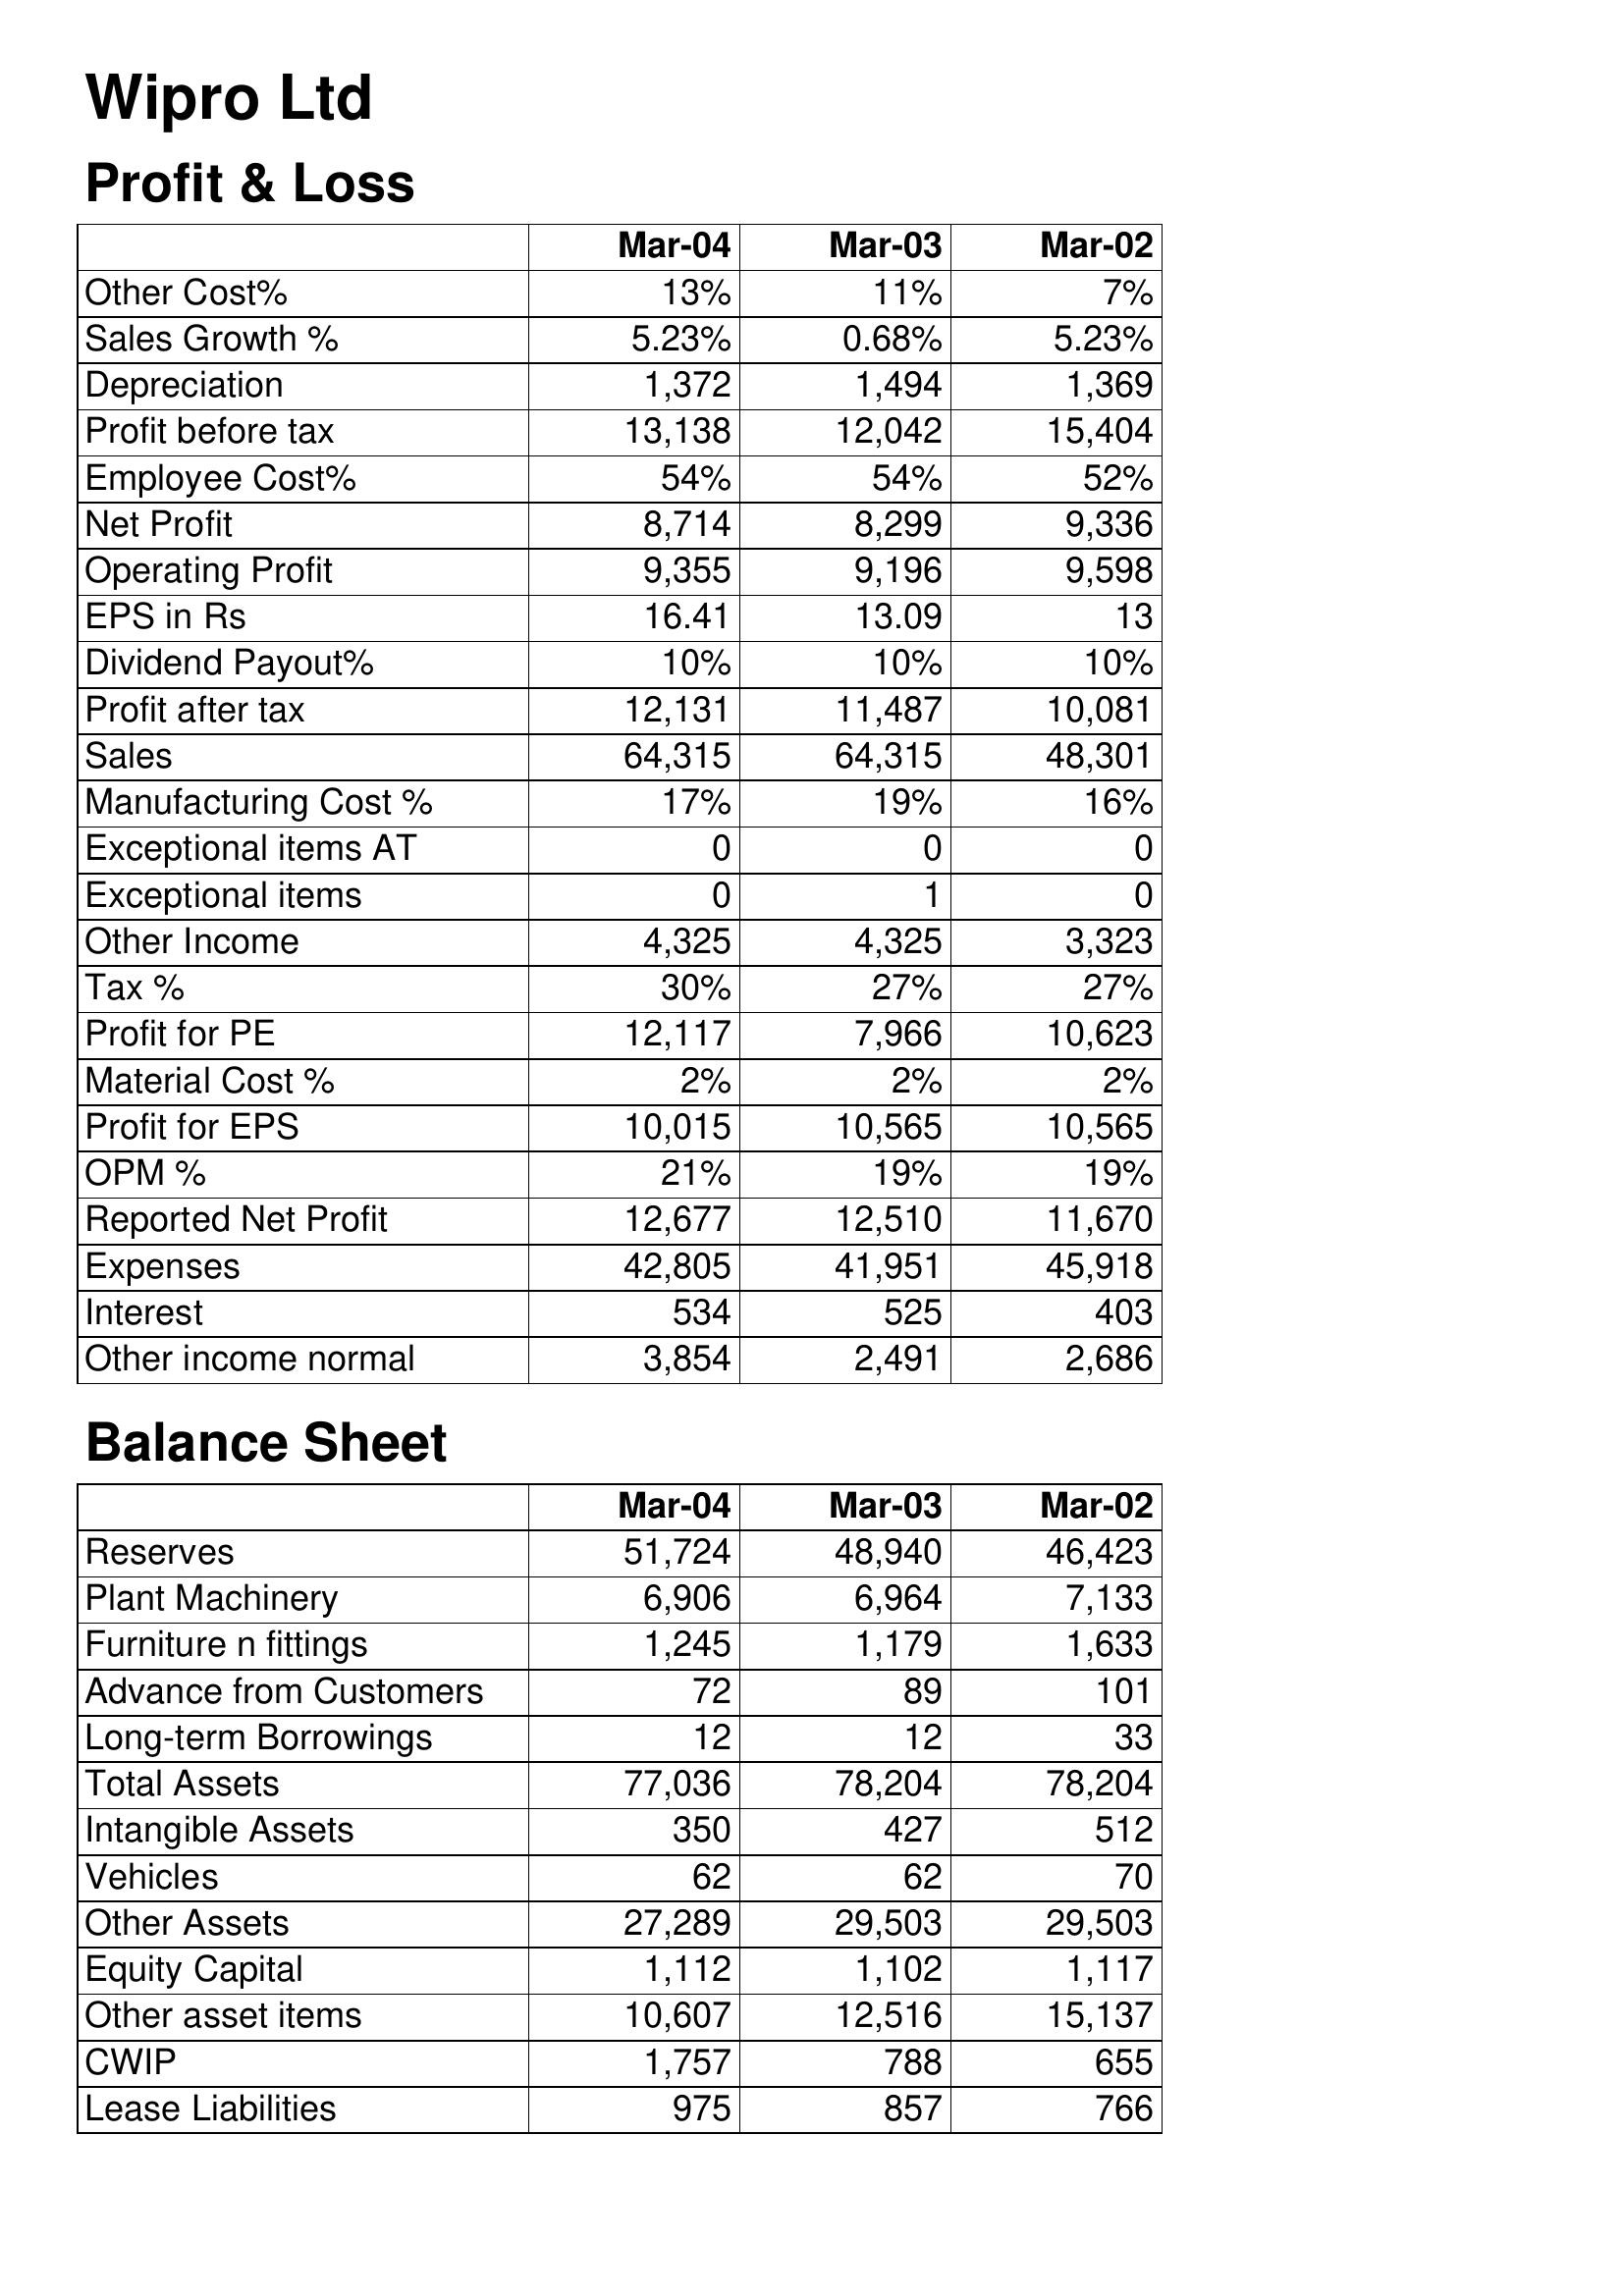
Mar-04: Profit & Loss: Other Cost%: 13%
Sales Growth %: 5.23%
Depreciation: 1,372
Profit before tax: 13,138
Employee Cost%: 54%
Net Profit: 8,714
Operating Profit: 9,355
EPS in Rs: 16.41
Dividend Payout%: 10%
Profit after tax: 12,131
Sales: 64,315
Manufacturing Cost %: 17%
Exceptional items AT: 0
Exceptional items: 0
Other Income: 4,325
Tax %: 30%
Profit for PE: 12,117
Material Cost %: 2%
Profit for EPS: 10,015
OPM %: 21%
Reported Net Profit: 12,677
Expenses: 42,805
Interest: 534
Other income normal: 3,854
Balance Sheet: Reserves: 51,724
Plant Machinery: 6,906
Furniture n fittings: 1,245
Advance from Customers: 72
Long-term Borrowings: 12
Total Assets: 77,036
Intangible Assets: 350
Vehicles: 62
Other Assets: 27,289
Equity Capital: 1,112
Other asset items: 10,607
CWIP: 1,757
Lease Liabilities: 975
Mar-03: Profit & Loss: Other Cost%: 11%
Sales Growth %: 0.68%
Depreciation: 1,494
Profit before tax: 12,042
Employee Cost%: 54%
Net Profit: 8,299
Operating Profit: 9,196
EPS in Rs: 13.09
Dividend Payout%: 10%
Profit after tax: 11,487
Sales: 64,315
Manufacturing Cost %: 19%
Exceptional items AT: 0
Exceptional items: 1
Other Income: 4,325
Tax %: 27%
Profit for PE: 7,966
Material Cost %: 2%
Profit for EPS: 10,565
OPM %: 19%
Reported Net Profit: 12,510
Expenses: 41,951
Interest: 525
Other income normal: 2,491
Balance Sheet: Reserves: 48,940
Plant Machinery: 6,964
Furniture n fittings: 1,179
Advance from Customers: 89
Long-term Borrowings: 12
Total Assets: 78,204
Intangible Assets: 427
Vehicles: 62
Other Assets: 29,503
Equity Capital: 1,102
Other asset items: 12,516
CWIP: 788
Lease Liabilities: 857
Mar-02: Profit & Loss: Other Cost%: 7%
Sales Growth %: 5.23%
Depreciation: 1,369
Profit before tax: 15,404
Employee Cost%: 52%
Net Profit: 9,336
Operating Profit: 9,598
EPS in Rs: 13
Dividend Payout%: 10%
Profit after tax: 10,081
Sales: 48,301
Manufacturing Cost %: 16%
Exceptional items AT: 0
Exceptional items: 0
Other Income: 3,323
Tax %: 27%
Profit for PE: 10,623
Material Cost %: 2%
Profit for EPS: 10,565
OPM %: 19%
Reported Net Profit: 11,670
Expenses: 45,918
Interest: 403
Other income normal: 2,686
Balance Sheet: Reserves: 46,423
Plant Machinery: 7,133
Furniture n fittings: 1,633
Advance from Customers: 101
Long-term Borrowings: 33
Total Assets: 78,204
Intangible Assets: 512
Vehicles: 70
Other Assets: 29,503
Equity Capital: 1,117
Other asset items: 15,137
CWIP: 655
Lease Liabilities: 766